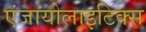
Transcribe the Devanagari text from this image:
एंजायोलाइटिक्स